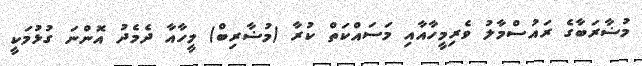
މުޟާރަބާގެ ރައުސްމާލު ވެރިމީހާއާއި މަސައްކަތް ކުރާ (މުޟާރިބް) މީހާއާ ދެމެދު އޮންނަ ގުޅުމަކީ